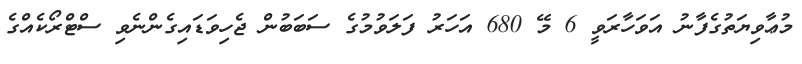
މުޢާވިޔަތުގެފާނު އަވަހާރަވީ 6 މޭ 680 އަހަރު ފަލަވުމުގެ ސަބަބުން ޖެހިވަޑައިގެންނެވި ސްޓްރޯކެއްގެ